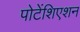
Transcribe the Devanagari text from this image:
पोटेंशिएशन